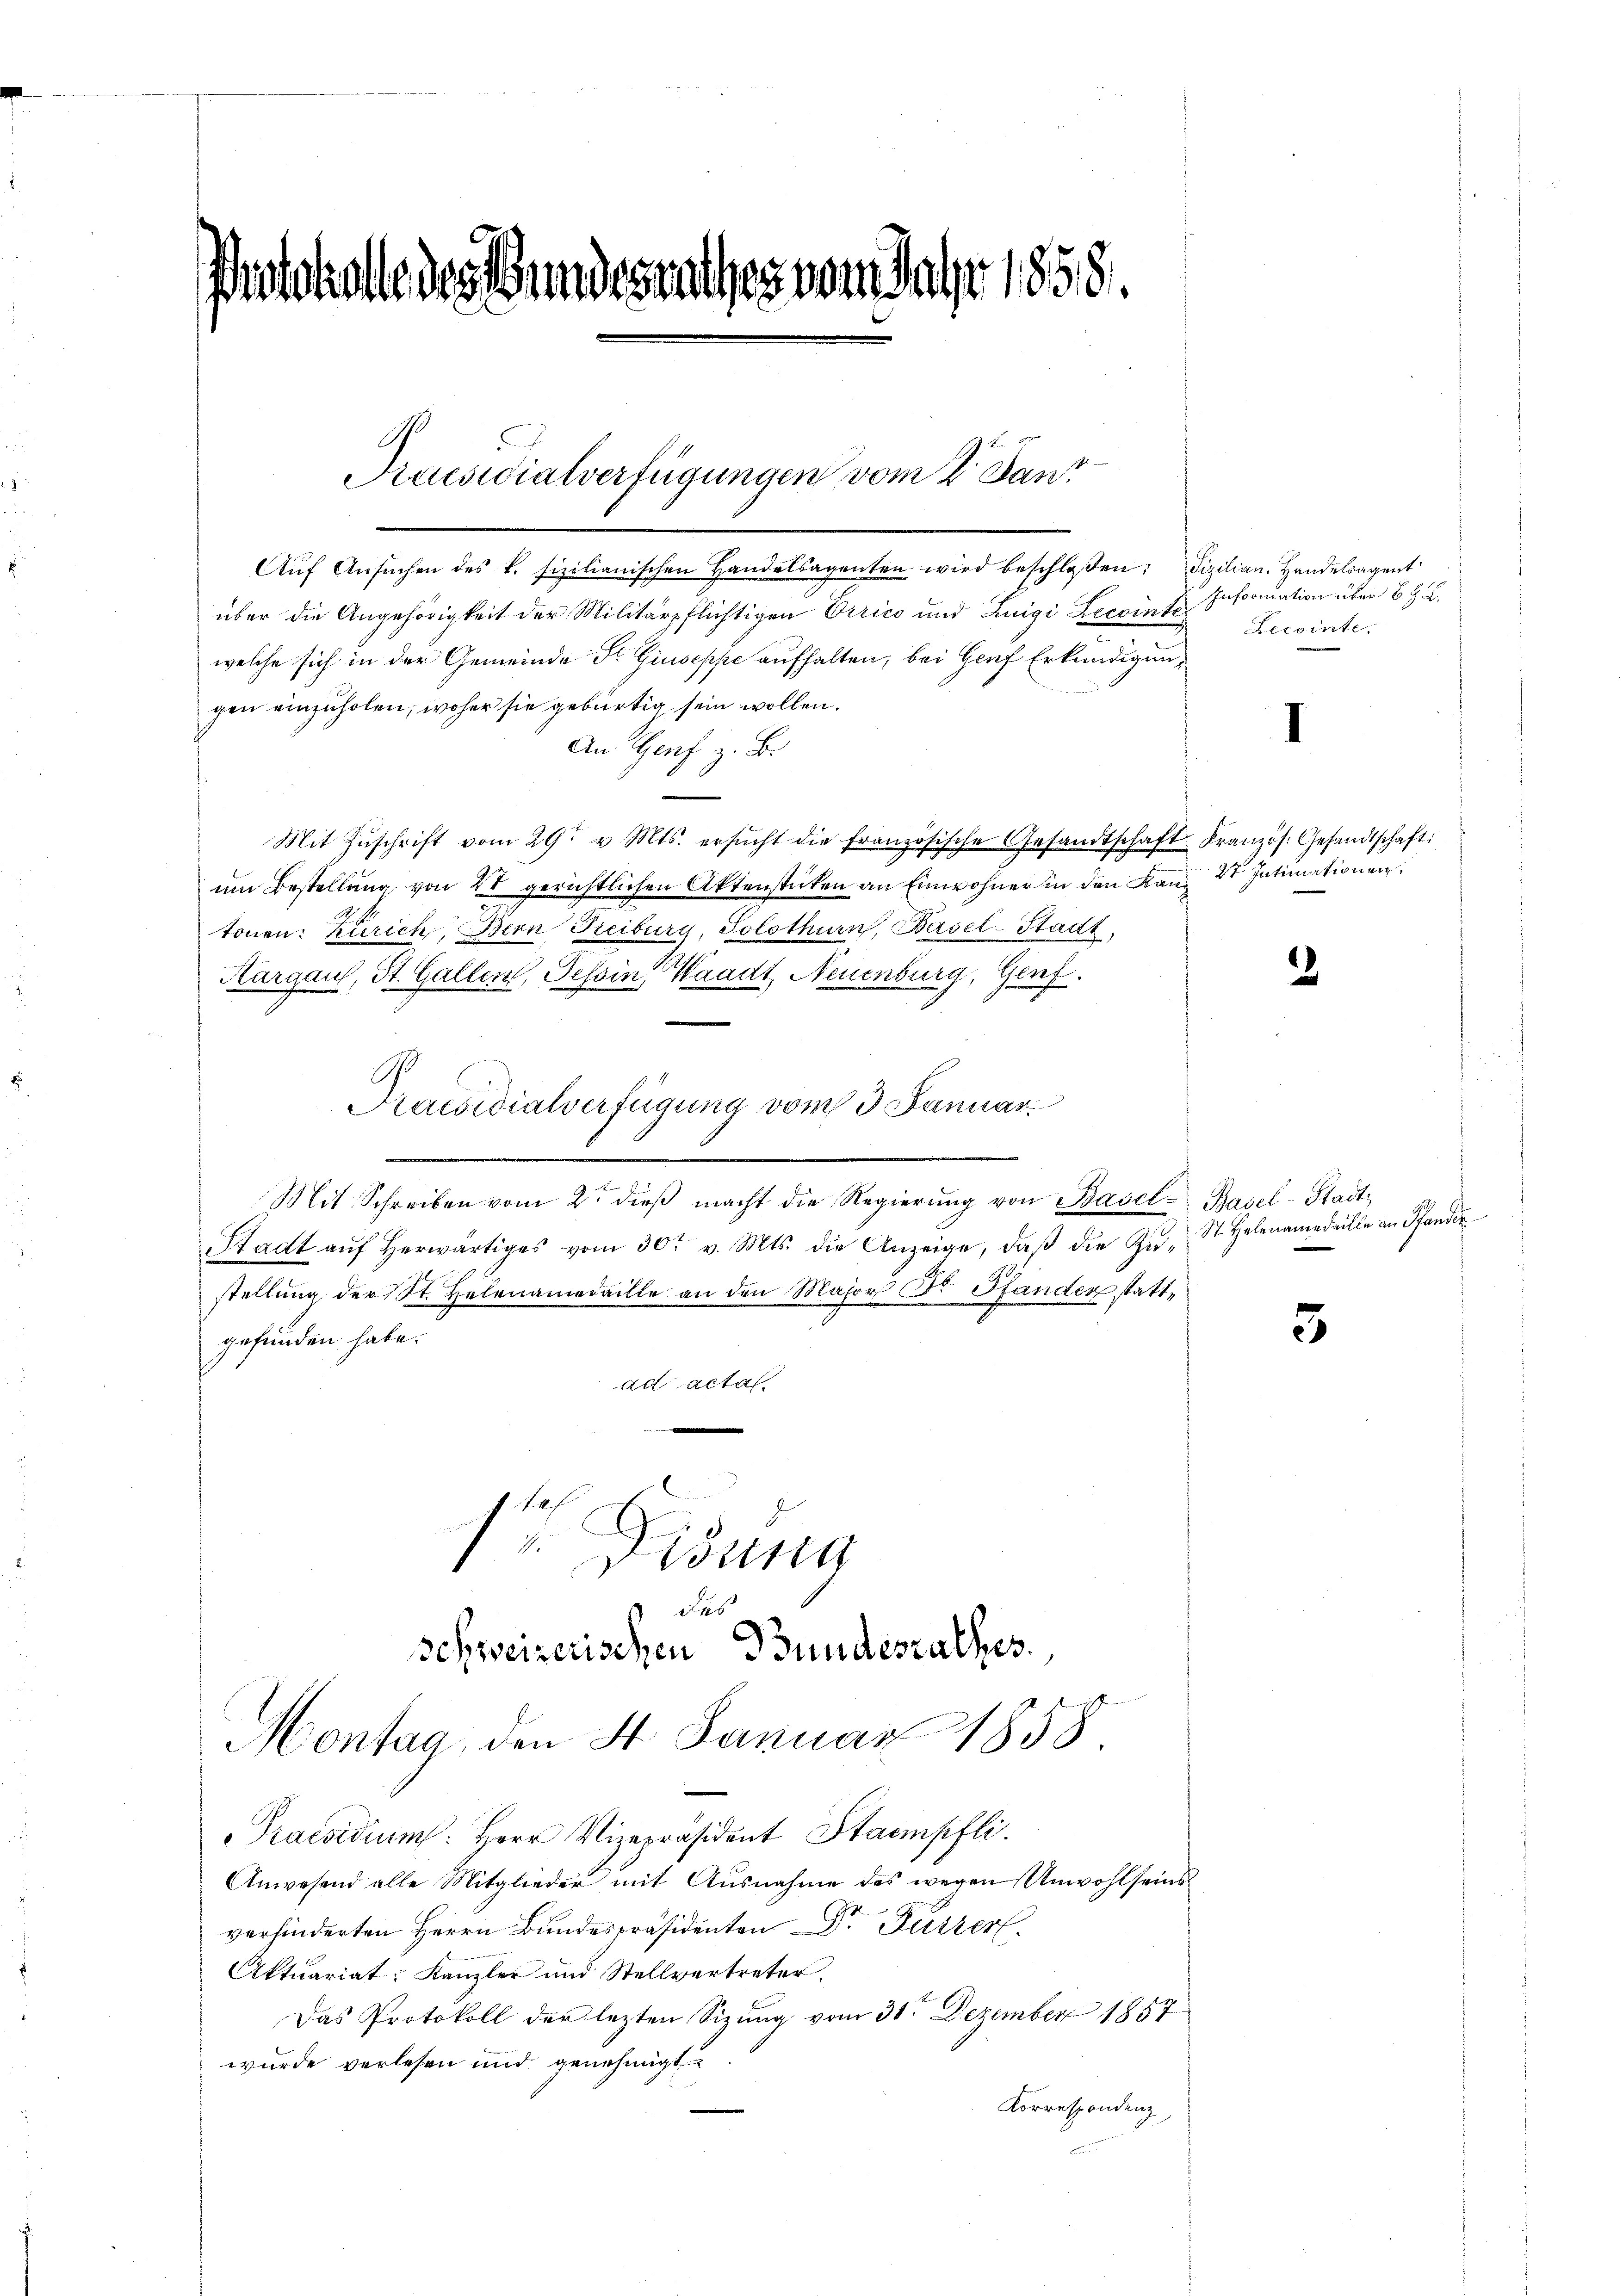
e des Bundesrathes vom Jahr 1858.

Praesidialverfügungen vom 2. Janz

Schweizerischen Bundesrathes

Aŭf Ansŭchen des k. fizilianischen Handelsagenten wird beschloßen: Fizilian. Handelsagent
über die Angehörigkeit der Militärpflichtigen Dirico und Luigi Zecointe
welche sich in der Gemeinde Fr. Giuseppe aufhalten, bei Genf Erkundigungen einzuholen, woher sie gebürtig sein wollen.
An Genf z. B.
Mit Zŭschrift vom 29. v. Mts. ersŭcht die französische Gesandtschaft-Kranzös. Gesandtschaft
um Bestellung von 20 gerichtlichen Aktenstücken an Einwohner in den Kan 2t Intimationen
tonen: Zürich, Bern Freiburg, Solothurn, Basel-Stadt,
Aargaus, St. Gallen, Tessin, Waadt, Neuenburg, Genf.
Pracidialverfügung vom 3 Januar.
.
Mit Schreiben vom 2ten dieβ macht die Regierŭng von Basel-Basel-Stadt¬
Stadt aŭf herwärtiges vom 30t v. Mts. die Anzeige, daβ die Zu-
stellung der St. Helenamedaille an den Major Dr. Pfander stattgefunden habe.
ad acta

 Didung
145

Montag, den 4. Januar 1858
n

Praesidium: Herr Vizepräsident Stampfli
Anwesend alle Mitglieder mit Ausnahme des wegen Unwohlseins
verhinderten Herrn Bundespräsidenten Dr. Fürzer
Aktuariat Kanzler und Stellvertreter.
Das Protokoll der lezten Sizung vom 30. Dezember 1857
wurde verlesen und genehmigt.
Korrespondenz.

Information über B. Z. Z.
Recointe

2

St. Helenamedaille an Pfander

5